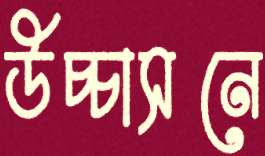
উচ্চাসনে